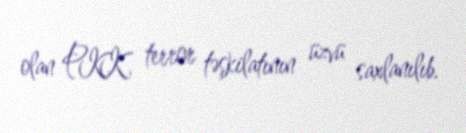
olan PKK terror təşkilatının üzvü saxlanılıb.